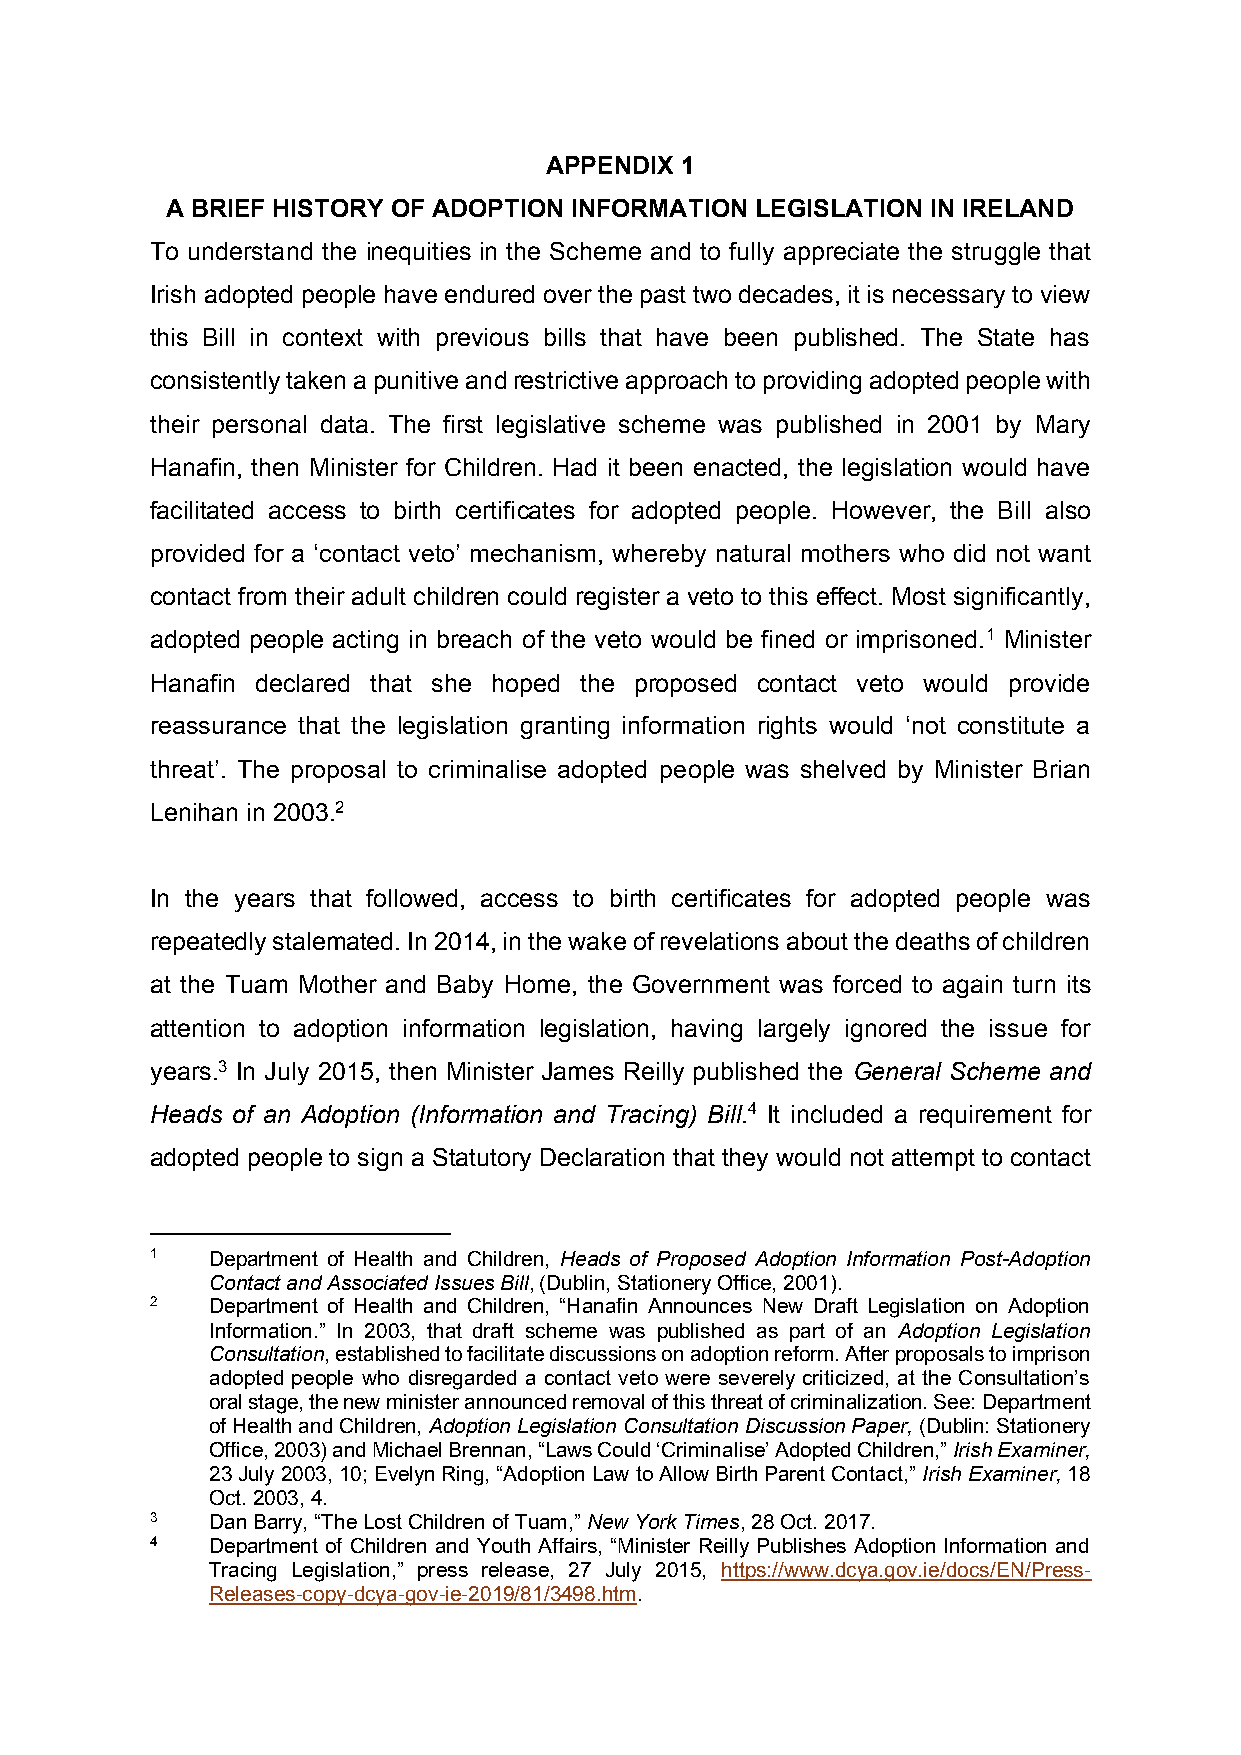
APPENDIX 1
 A BRIEF HISTORY OF ADOPTION INFORMATION LEGISLATION IN IRELAND
 To understand the inequities in the Scheme and to fully appreciate the struggle that
 Irish adopted people have endured over the past two decades, it is necessary to view
 this Bill in context with previous bills that have been published. The State has
 consistently taken a punitive and restrictive approach to providing adopted people with
 their personal data. The first legislative scheme was published in 2001 by Mary
 Hanafin, then Minister for Children. Had it been enacted, the legislation would have
 facilitated access to birth certificates for adopted people. However, the Bill also
 provided for a ‘contact veto’ mechanism, whereby natural mothers who did not want
 contact from their adult children could register a veto to this effect. Most significantly,
 adopted people acting in breach of the veto would be fined or imprisoned.1 Minister
 Hanafin declared that she hoped the proposed contact veto would provide
 reassurance that the legislation granting information rights would ‘not constitute a
 threat’. The proposal to criminalise adopted people was shelved by Minister Brian
 Lenihan in 2003.2
 In the years that followed, access to birth certificates for adopted people was
 repeatedly stalemated. In 2014, in the wake of revelations about the deaths of children
 at the Tuam Mother and Baby Home, the Government was forced to again turn its
 attention to adoption information legislation, having largely ignored the issue for
 years.3 In July 2015, then Minister James Reilly published the General Scheme and
 Heads of an Adoption (Information and Tracing) Bill.4 It included a requirement for
 adopted people to sign a Statutory Declaration that they would not attempt to contact
 1   Department of Health and Children, Heads of Proposed Adoption Information Post-Adoption
 Contact and Associated Issues Bill, (Dublin, Stationery Office, 2001).
 2   Department of Health and Children, “Hanafin Announces New Draft Legislation on Adoption
 Information.” In 2003, that draft scheme was published as part of an Adoption Legislation
 Consultation, established to facilitate discussions on adoption reform. After proposals to imprison
 adopted people who disregarded a contact veto were severely criticized, at the Consultation’s
 oral stage, the new minister announced removal of this threat of criminalization. See: Department
 of Health and Children, Adoption Legislation Consultation Discussion Paper, (Dublin: Stationery
 Office, 2003) and Michael Brennan, “Laws Could ‘Criminalise’ Adopted Children,” Irish Examiner,
 23 July 2003, 10; Evelyn Ring, “Adoption Law to Allow Birth Parent Contact,” Irish Examiner, 18
 Oct. 2003, 4.
 3   Dan Barry, “The Lost Children of Tuam,” New York Times, 28 Oct. 2017.
 4   Department of Children and Youth Affairs, “Minister Reilly Publishes Adoption Information and
 Tracing Legislation,” press release, 27 July 2015, https://www.dcya.gov.ie/docs/EN/Press-
 Releases-copy-dcya-gov-ie-2019/81/3498.htm.